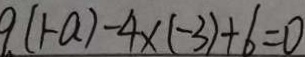
9 ( 1 - a ) - 4 \times ( - 3 ) + 6 = 0